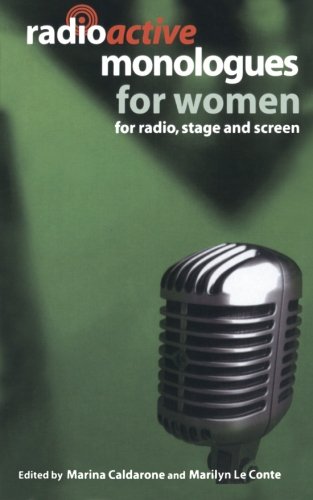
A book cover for Radioactive Monologues for Women: For Radio, Stage and Screen (Audition Speeches); Marilyn Le Conte; Humor & Entertainment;